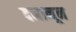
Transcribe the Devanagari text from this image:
दनानून